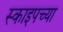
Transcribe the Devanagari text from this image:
स्काइपच्या